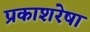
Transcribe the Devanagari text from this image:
प्रकाशरेषा